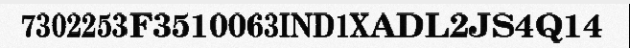
7302253F3510063IND1XADL2JS4Q14